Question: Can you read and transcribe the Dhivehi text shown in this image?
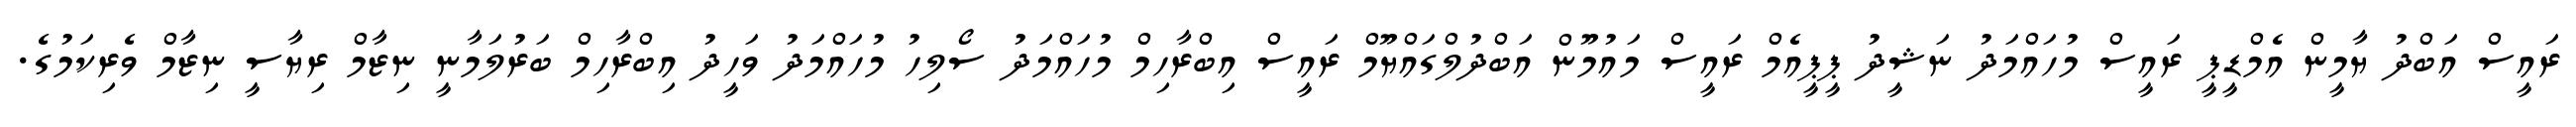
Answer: ރައީސް އަބްދު ޔާމީން އެމްޑީޕީ ރައީސް މުހައްމަދު ނަޝީދު ޕީޕީއެމް ރައީސް މައުމޫން އަބްދުލްގައްޔޫމް ރައީސް އިބްރާހިމް މުހައްމަދު ސޯލިހު މުހައްމަދު ވަހީދު އިބްރާހިމް ބަރުލަމާނީ ނިޒާމް ރިޔާސީ ނިޒާމް ވެރިކަމުގެ.